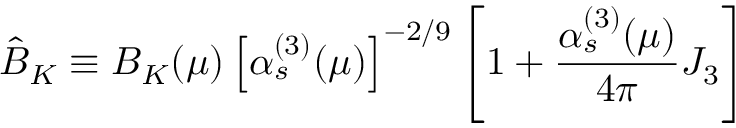
\hat { B } _ { K } \equiv B _ { K } ( \mu ) \left[ \alpha _ { s } ^ { ( 3 ) } ( \mu ) \right] ^ { - 2 / 9 } \left[ 1 + \frac { \alpha _ { s } ^ { ( 3 ) } ( \mu ) } { 4 \pi } J _ { 3 } \right]